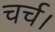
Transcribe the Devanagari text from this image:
चर्च।